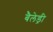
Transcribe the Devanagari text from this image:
बैलेड्री